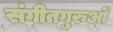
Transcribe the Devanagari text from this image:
संगीतगुरुओं